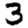
Digit: 3